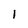
Character: 1